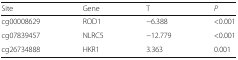
<table><thead><tr><td><b>Site</b></td><td><b>Gene</b></td><td><b>T</b></td><td><b><i>P</i></b></td></tr></thead><tbody><tr><td>cg00008629</td><td>ROD1</td><td>−6.388</td><td>&lt;0.001</td></tr><tr><td>cg07839457</td><td>NLRC5</td><td>−12.779</td><td>&lt;0.001</td></tr><tr><td>cg26734888</td><td>HKR1</td><td>3.363</td><td>0.001</td></tr></tbody></table>